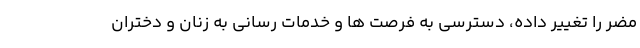
مضر را تغییر داده، دسترسی به فرصت ها و خدمات رسانی به زنان و دختران